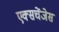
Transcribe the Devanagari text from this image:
एक्सचेंजेस